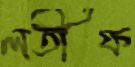
লতীফ